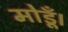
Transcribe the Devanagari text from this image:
मोडूँ।